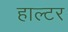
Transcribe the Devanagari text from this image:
हाल्टर